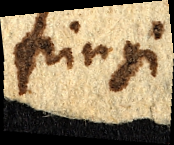
fringi